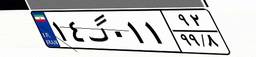
۰۰گ۷۵۹۶۸